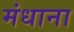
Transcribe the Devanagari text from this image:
मंधाना